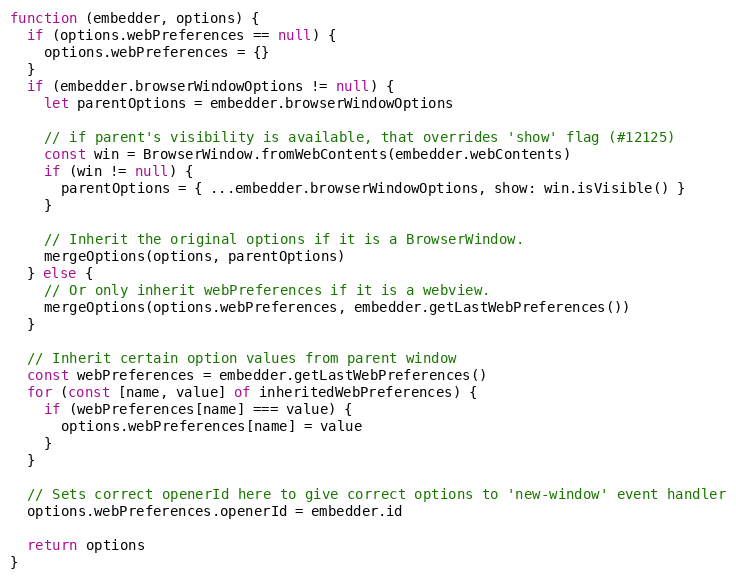
Language: JavaScript
function (embedder, options) {
  if (options.webPreferences == null) {
    options.webPreferences = {}
  }
  if (embedder.browserWindowOptions != null) {
    let parentOptions = embedder.browserWindowOptions

    // if parent's visibility is available, that overrides 'show' flag (#12125)
    const win = BrowserWindow.fromWebContents(embedder.webContents)
    if (win != null) {
      parentOptions = { ...embedder.browserWindowOptions, show: win.isVisible() }
    }

    // Inherit the original options if it is a BrowserWindow.
    mergeOptions(options, parentOptions)
  } else {
    // Or only inherit webPreferences if it is a webview.
    mergeOptions(options.webPreferences, embedder.getLastWebPreferences())
  }

  // Inherit certain option values from parent window
  const webPreferences = embedder.getLastWebPreferences()
  for (const [name, value] of inheritedWebPreferences) {
    if (webPreferences[name] === value) {
      options.webPreferences[name] = value
    }
  }

  // Sets correct openerId here to give correct options to 'new-window' event handler
  options.webPreferences.openerId = embedder.id

  return options
}